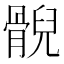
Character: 𩩢